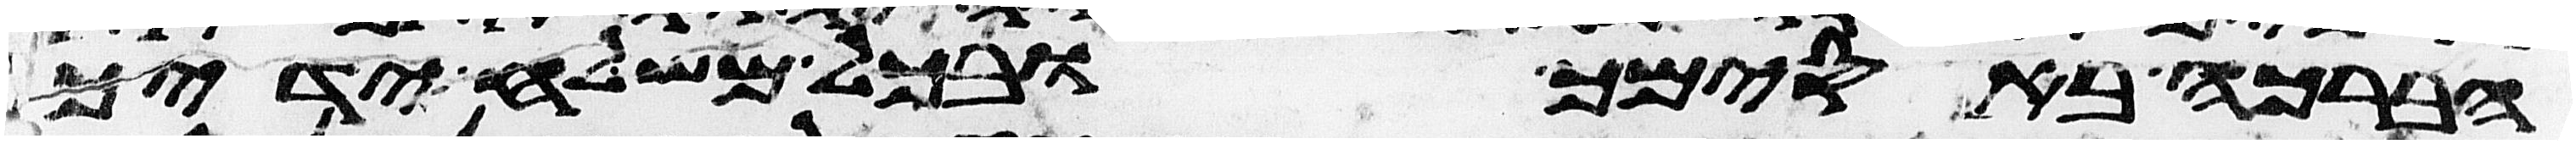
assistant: הברכה באסימך ובכל משלח ידיך